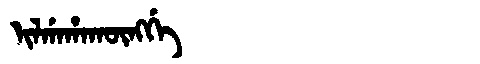
Manchu: ᡳᠯᡤᠠᡥᠠᡴᡡᠩᡤᡝ
Romanization: ILGAHAKŪNGGE